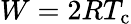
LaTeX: W=2RT_{\mathrm{c}}